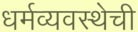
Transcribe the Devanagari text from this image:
धर्मव्यवस्थेची